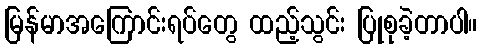
မြန်မာအကြောင်းရပ်တွေ ထည့်သွင်း ပြုစုခဲ့တာပါ။